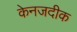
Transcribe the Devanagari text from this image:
केनजदीक